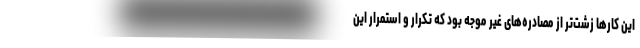
این کارها زشت‌تر از مصادره‌های غیر موجه بود که تکرار و استمرار این